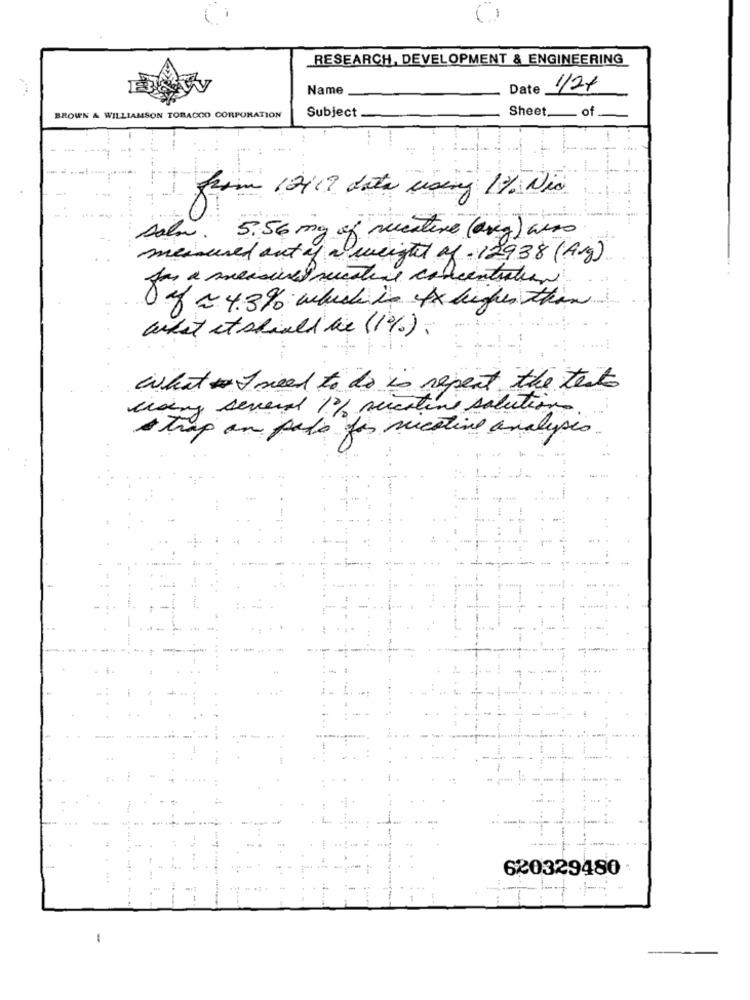
RESEARCH, DEVELOPMENT & ENGINEERING
Name
Date
1/2+
Sheet __ of
BROWN & WILLIAMSON TOBACCO CORPORATION
Subject
7 -
from 12119 data using 1%. Nie
sala. 5.56 mg of muestuve (arg) weso
measured out of a weight of - 12938 (Ag)
Jas a measures misture concentration
of ~ 4.3 % which is fx higher than
what it should be (1%) .
What I need to do is repeat the texts
using several 1% necative solutions
A trap an patio for nicotine analysis
-
-----
620329480